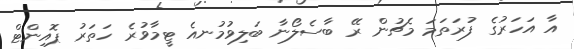
އާ އަހަރުގެ ފުރަތަމަ މެޗުން ރޭ ބާސެލޯނާ ބަލިވުމުނއެ ޓީމާވުރެ ހަތަރު ޕޮއިންޓް